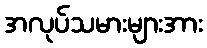
အလုပ်သမားများအား